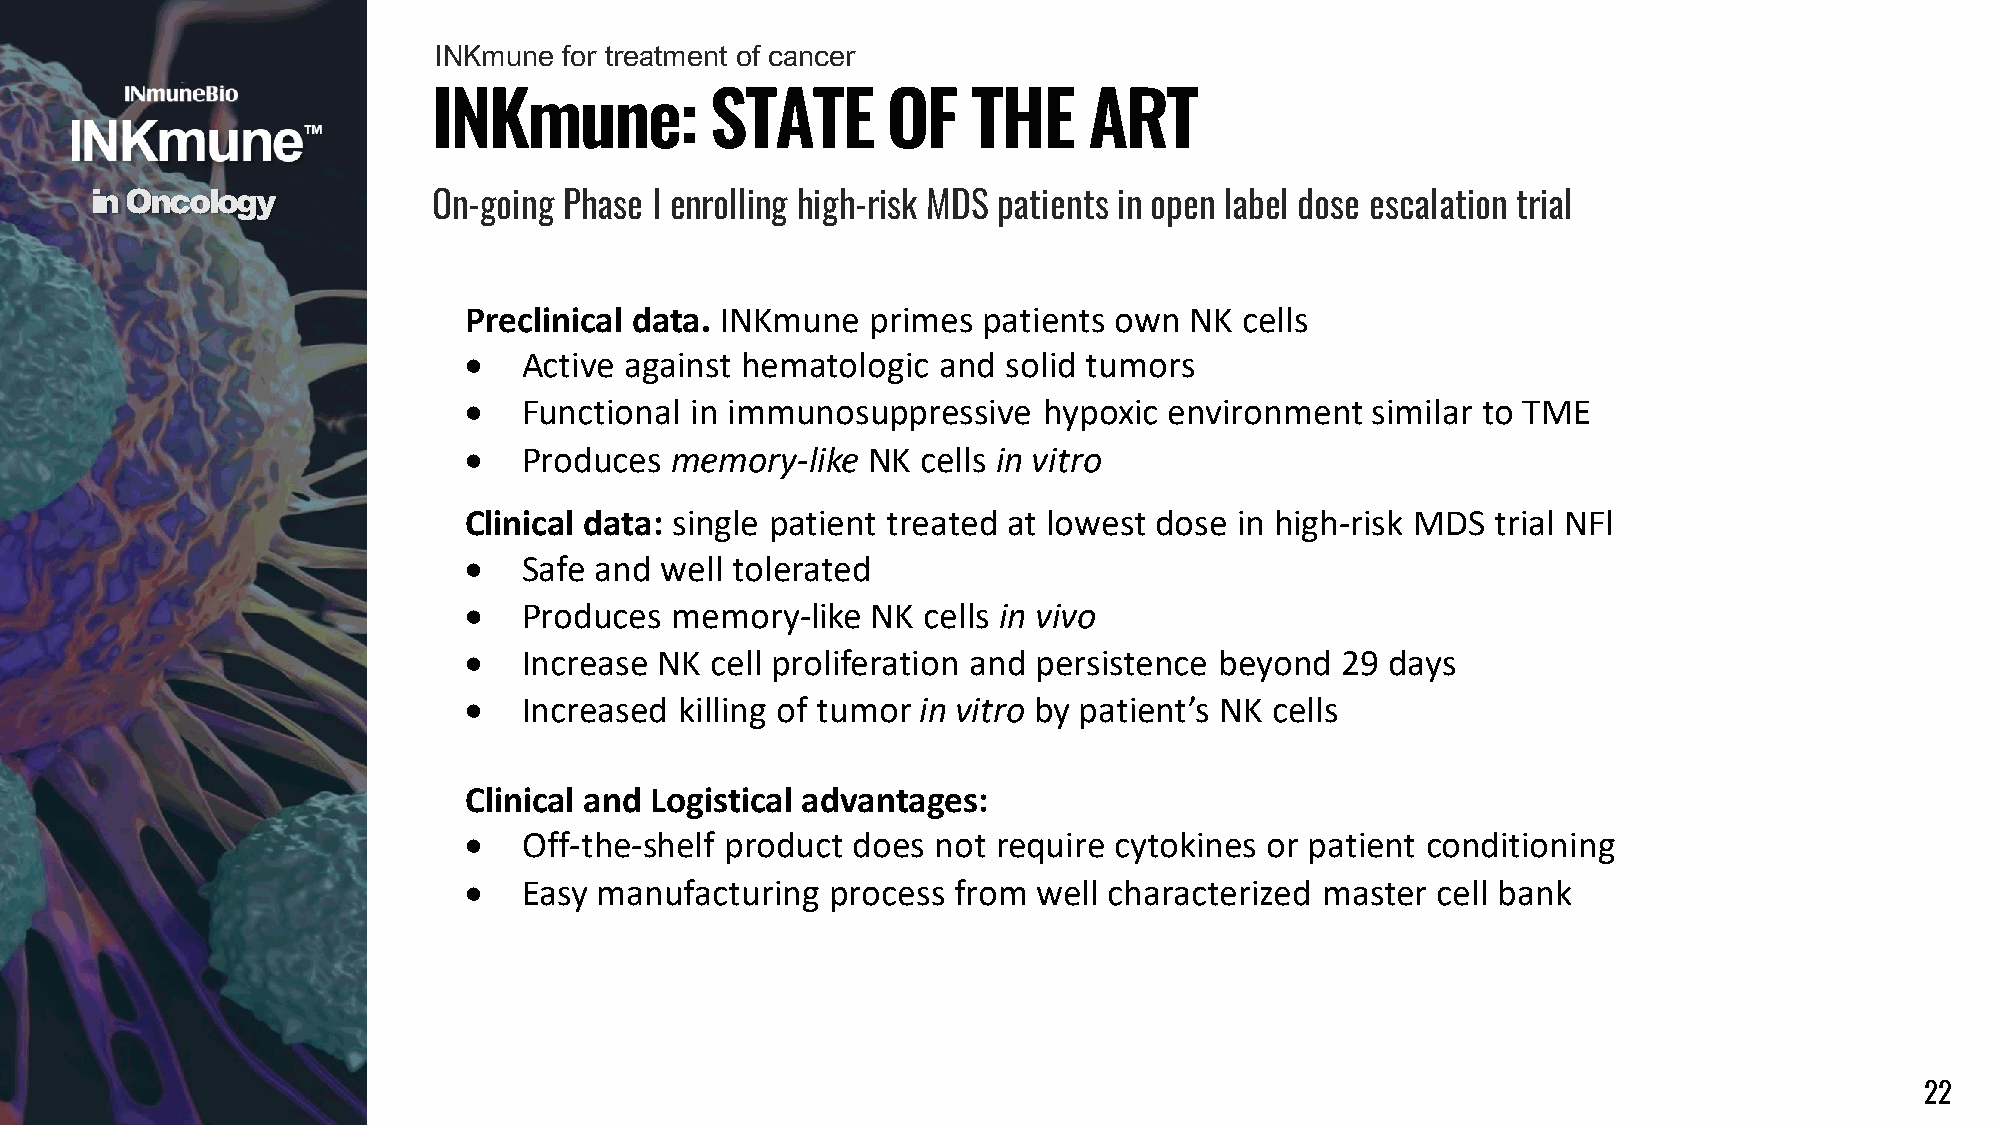
INKmune for treatment of cancer
 INKmune:          STATE       OF   THE     ART
 in Oncology            On-going Phase I enrolling high-risk MDS patients in open label dose escalation trial
 Preclinical data. INKmune  primes patients own  NK cells
 •   Active against hematologic and  solid tumors
 •   Functional in immunosuppressive   hypoxic environment   similar to TME
 •   Produces memory-like  NK  cells in vitro
 Clinical data: single patient treated at lowest dose in high-risk MDS trial NFl
 •   Safe and well tolerated
 •   Produces memory-like   NK cells in vivo
 •   Increase NK cell proliferation and persistence beyond 29 days
 •   Increased killing of tumor in vitro by patient’s NK cells
 Clinical and Logistical advantages:
 •   Off-the-shelf product does not require cytokines or patient conditioning
 •   Easy manufacturing  process from  well characterized master cell bank
 22